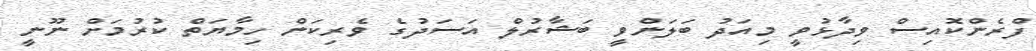
ފްރެންކޮއިސް ވިދާޅުވީ މިއަދު ބަަލަންވީ ބަޝާރުލް އަސަދުގެ ވެރިކަން ހިމާޔަތް ކުރުމަށް ނޫނީ